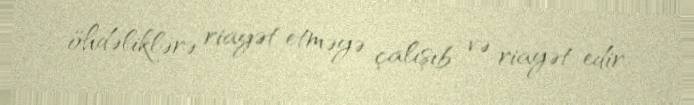
öhdəliklərə riayət etməyə çalışıb və riayət edir.